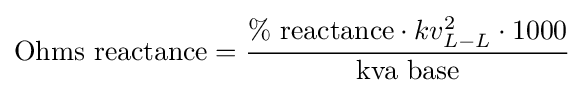
{\text{Ohms reactance}}={\frac {\%{\text{ reactance}}\cdot kv_{L-L}^{2}\cdot 1000}{\text{kva base}}}